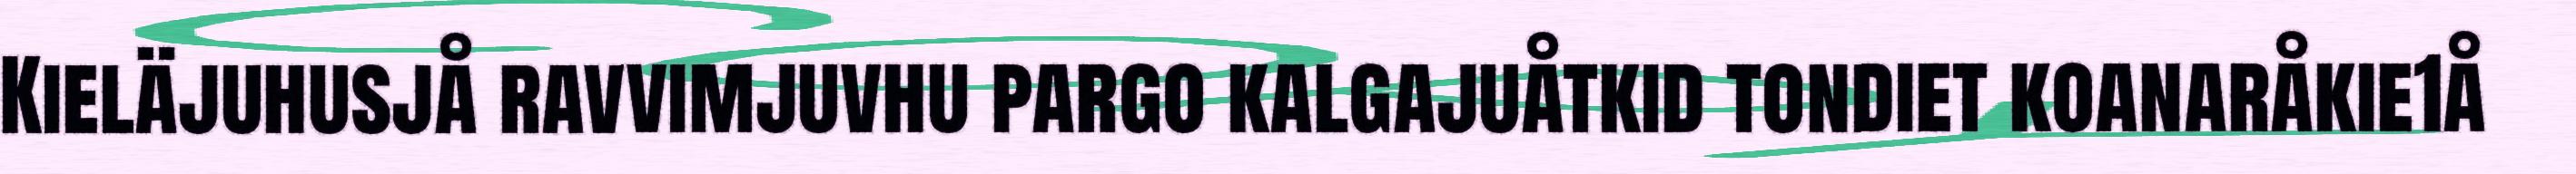
Kieläjuhusjå ravvimjuvhu pargo kalgajuåtkid tondiet koanaråkie1å